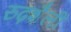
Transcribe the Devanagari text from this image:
रुढ़शैली